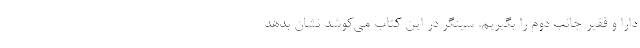
دارا و فقير جانب دوم را بگيريم. سينگر در اين كتاب مي‌كوشد نشان بدهد